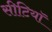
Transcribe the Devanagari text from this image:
सीटियाॅ